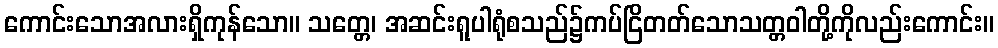
ကောင်းသောအလားရှိကုန်သော။ သတ္တေ၊ အဆင်းရူပါရုံစသည်၌ကပ်ငြိတတ်သောသတ္တဝါတို့ကိုလည်းကောင်း။